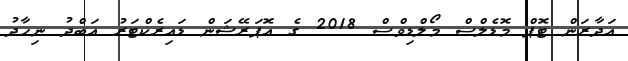
އަދާރަން ޓޮޕް މޮޑެލްސް މޯލްޑިވްސް 2018 ގެ އޮޕަރޭޝަން ޑައިރެކްޓަރު އަބްދު ނިހާދު